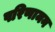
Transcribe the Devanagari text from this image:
परिणामन